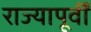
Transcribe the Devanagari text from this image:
राज्यापूर्वीं